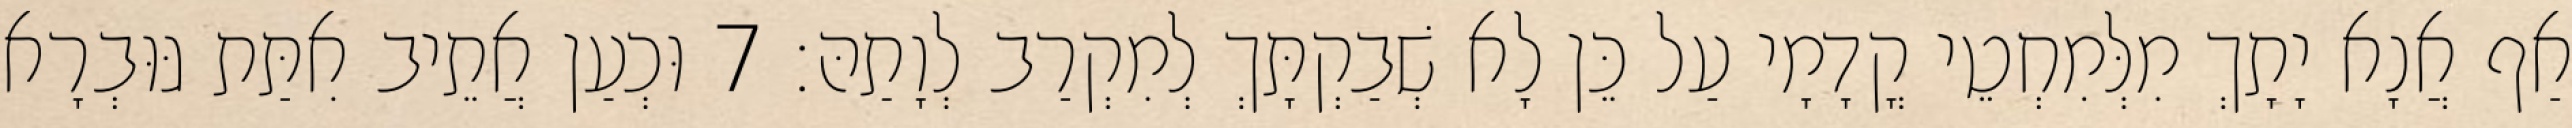
אַף אֲנָא יָתָךְ מִלְּמִחְטֵי קֳדָמָי עַל כֵּן לָא שְׁבַקְתָּךְ לְמִקְרַב לְוָתַהּ׃ 7 וּכְעַן אֲתֵיב אִתַּת גּוּבְרָא